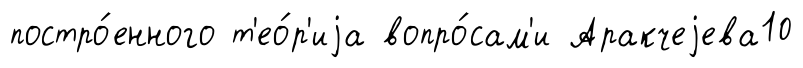
постро́енного т'ео́р'иjа вопро́сам'и Аракчеjева10